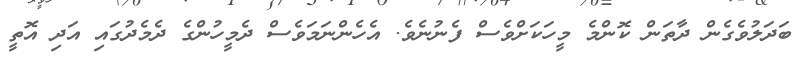
ބަދަލުވެގެން ދާތަން ކޮންމެ މީހަކަށްވެސް ފެނުނެވެ. އެހެންނަމަވެސް ދެމީހުންގެ ދެމެދުގައި އަދި އޮތީ